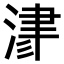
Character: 𣸁